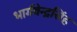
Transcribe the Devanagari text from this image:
भार्गवेन्द्रसिंह